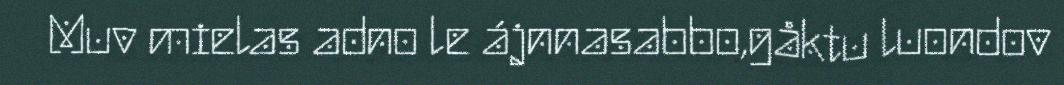
Muv mielas adno le ájnnasabbo,gåktu luondov